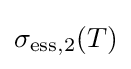
\sigma _{\mathrm {ess} ,2}(T)